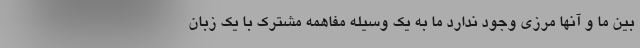
بین ما و آنها مرزی وجود ندارد ما به یک وسیله مفاهمه مشترک با یک زبان